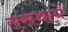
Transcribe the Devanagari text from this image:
संसथायें